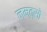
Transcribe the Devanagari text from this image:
नम्त्सो